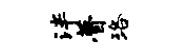
泮瞢珞